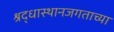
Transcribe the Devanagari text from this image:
श्रद्धास्थानजगताच्या